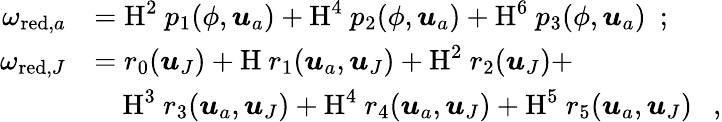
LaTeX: \begin{array}{rl}{\omega_{\textup{red},a}}&{=\textup{H}^{2}\ p_{1}(\phi,\boldsymbol{u}_{a})+\textup{H}^{4}\ p_{2}(\phi,\boldsymbol{u}_{a})+\textup{H}^{6}\ p_{3}(\phi,\boldsymbol{u}_{a})\ \ ;}\\ {\omega_{\textup{red},J}}&{=r_{0}(\boldsymbol{u}_{J})+\textup{H}\ r_{1}(\boldsymbol{u}_{a},\boldsymbol{u}_{J})+\textup{H}^{2}\ r_{2}(\boldsymbol{u}_{J})+}\\ &{\ \ \ \ \textup{H}^{3}\ r_{3}(\boldsymbol{u}_{a},\boldsymbol{u}_{J})+\textup{H}^{4}\ r_{4}(\boldsymbol{u}_{a},\boldsymbol{u}_{J})+\textup{H}^{5}\ r_{5}(\boldsymbol{u}_{a},\boldsymbol{u}_{J})\ \ \ ,}\end{array}